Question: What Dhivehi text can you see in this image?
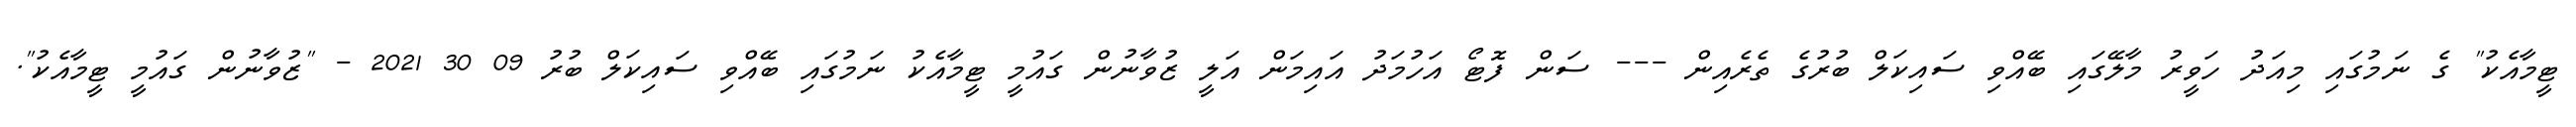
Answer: ޓީމާއެކު" ގެ ނަމުގައި މިއަދު ހަވީރު މާލޭގައި ބޭއްވި ސައިކަލް ބުރުގެ ތެރެއިން --- ސަން ފޮޓޯ އަހުމަދު އައިމަން އަލީ ޒުވާނުން ގައުމީ ޓީމާއެކު ނަމުގައި ބޭއްވި ސައިކަލް ބުރު 09 30 2021 - "ޒުވާނުން ގައުމީ ޓީމާއެކު".